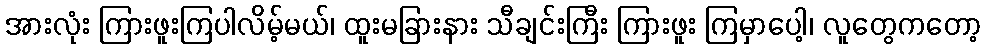
အားလုံး ကြားဖူးကြပါလိမ့်မယ်၊ ထူးမခြားနား သီချင်းကြီး ကြားဖူး ကြမှာပေါ့၊ လူတွေကတော့